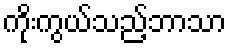
ကိုးကွယ်သည့်ဘာသာ